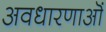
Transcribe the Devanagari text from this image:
अवधारणाऒं